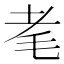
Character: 𦒷